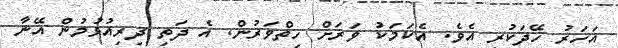
އަހަރު ހޭދަކުރި އެވެ. އެކަމަކު ވަރަށް ހިތްވަރުން